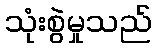
သုံးစွဲမှုသည်